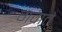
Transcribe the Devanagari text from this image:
गवाते